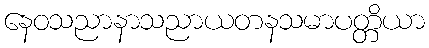
နေဝသညာနာသညာယတနသမာပတ္တိယာ